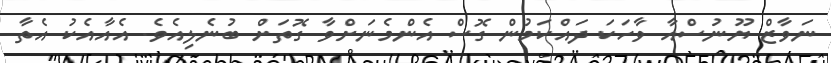
ނަވާޒް ޔޫނުސްއާ ވާހަކަ ދައްކަމުން ގޮސް އެންމެނަށްވާ ގޮތަށް ބުނެލިއެވެ. އެއާއެކު އެތާ